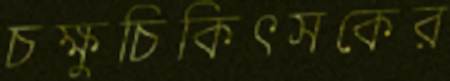
চক্ষুচিকিৎসকের